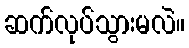
ဆက်လုပ်သွားမလဲ။